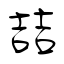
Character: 喆